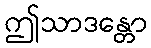
ဤသာဒန္တော